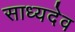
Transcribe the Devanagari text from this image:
साध्यदेव